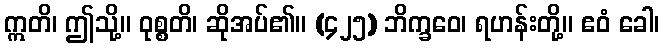
ဣတိ၊ ဤသို့။ ဝုစ္စတိ၊ ဆိုအပ်၏။ (၄၂၅) ဘိက္ခဝေ၊ ရဟန်းတို့။ ဧဝံ ခေါ၊